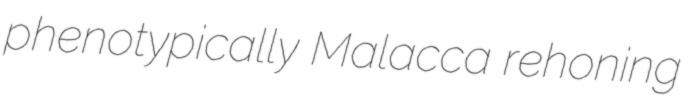
phenotypically Malacca rehoning